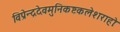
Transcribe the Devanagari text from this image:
विप्रेन्द्रदेवमुनिकष्टकलेशराहोः